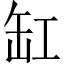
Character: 缸